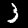
Digit: 3